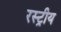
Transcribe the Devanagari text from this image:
रस्ट्रीय